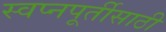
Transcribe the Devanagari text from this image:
स्वप्नपूर्तीसाठी